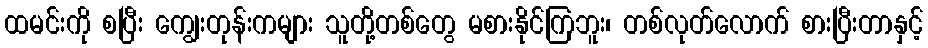
ထမင်းကို စပြီး ကျွေးတုန်းကများ သူတို့တစ်တွေ မစားနိုင်ကြဘူး၊ တစ်လုတ်လောက် စားပြီးတာနှင့်